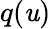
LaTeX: q(\mathit{u})